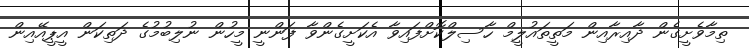
ތިމާވެށީގެން ދާއިރާއިން މަތީތައުލީމް ހާސިލްކޮށްފައިވާ އެކަށީގެންވާ ފަންނީ މީހުން ނުލިބުމުގެ ދަތިކަން އީޕީއޭއިން